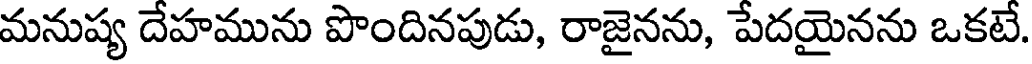
మనుష్య దేహమును పొందినపుడు, రాజైనను, పేదయైనను ఒకటే